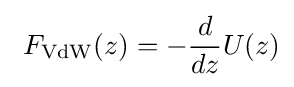
\ F_{\rm {VdW}}(z)=-{\frac {d}{dz}}U(z)